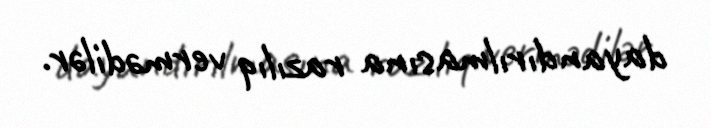
dayandırılmasına razılıq vermədilər.